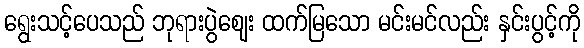
ရွေးသင့်ပေသည် ဘုရားပွဲဈေး ထက်မြသော မင်းမင်လည်း နှင်းပွင့်ကို